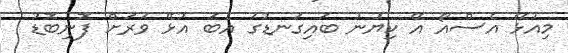
މިއުޅޭ އެސްއޯ އޭ ކިޔުނު ބައިގަނޑުގަ އެބަ އުޅޭ ވަރަށް ފޮނިބޮޑު